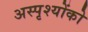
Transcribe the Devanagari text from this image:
अस्पृश्योंको